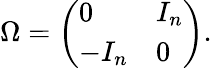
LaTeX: \Omega={\left(\begin{array}{ll}{0}&{I_{n}}\\ {-I_{n}}&{0}\end{array}\right)}.